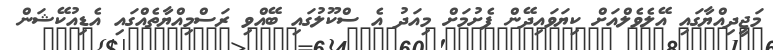
މަޖީދިއްޔާގައި އޭލެވެލްއަށް ކިޔަވައިދޭން ފެށުމަށް މިއަދު އެ ސްކޫލުގައި ބޭއްވި ރަސްމިއްޔާތެއްގައި އެޑިއުކޭޝަން